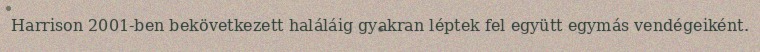
Harrison 2001-ben bekövetkezett haláláig gyakran léptek fel együtt egymás vendégeiként.